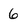
Character: 6